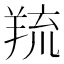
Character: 𦎓